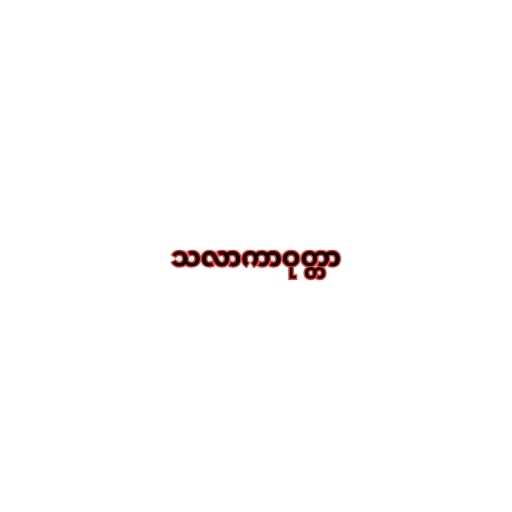
သလာကာဝုတ္တာ